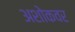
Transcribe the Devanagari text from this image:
अशोकवर